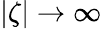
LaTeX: |\zeta|\to\infty